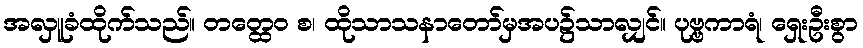
အလှူခံထိုက်သည်။ တတ္ထေဝ စ၊ ထိုသာသနာတော်မှအပ၌သာလျှင်။ ပုဗ္ဗကာရံ၊ ရှေးဦးစွာ